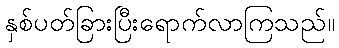
နှစ်ပတ်ခြားပြီးရောက်လာကြသည်။